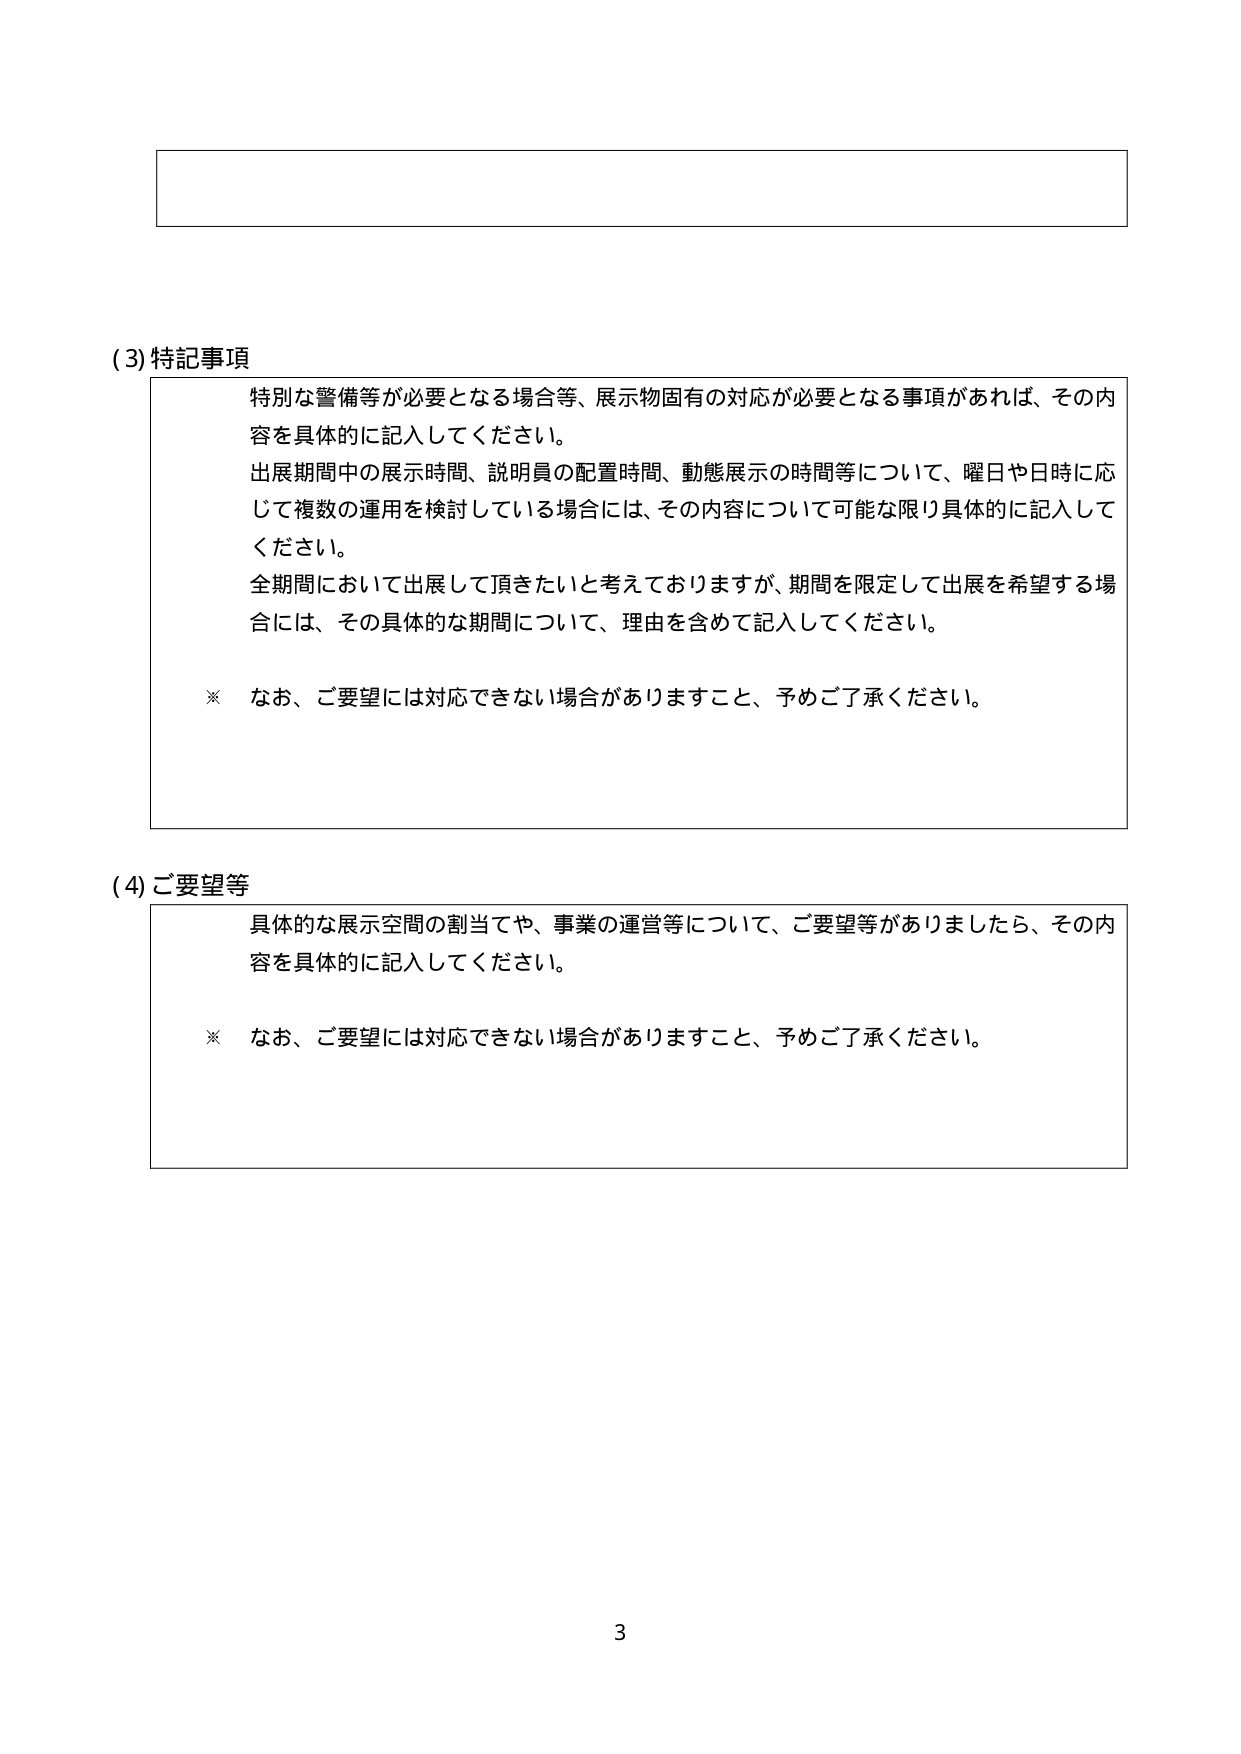
(3) 特記事項
特別な警備等が必要となる場合等、展示物固有の対応が必要となる事項があれば、その内容を具体的に記入してください。
出展期間中の展示時間、説明員の配置時間、動態展示の時間等について、曜日や日時に応じて複数の運用を検討している場合には、その内容について可能な限り具体的に記入してください。
全期間において出展して頂きたいと考えておりますが、期間を限定して出展を希望する場合には、その具体的な期間について、理由を含めて記入してください。

※ なお、ご要望には対応できない場合がありますこと、予めご了承ください。

(4) ご要望等
具体的な展示空間の割当てや、事業の運営等について、ご要望等がありましたら、その内容を具体的に記入してください。

※ なお、ご要望には対応できない場合がありますこと、予めご了承ください。

3